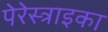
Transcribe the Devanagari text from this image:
पेरेस्त्राइका